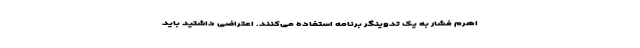
اهرم فشار به یک تدوینگر برنامه استفاده می‌کنند. اعتراضی داشتید باید